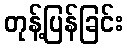
တုန့်ပြန်ခြင်း